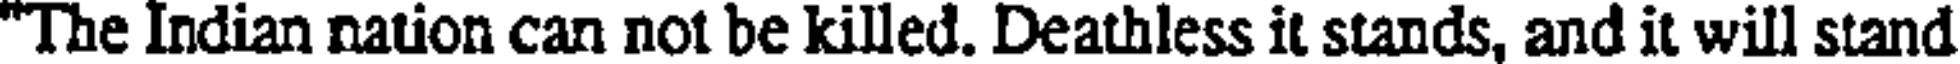
"The Indian nation can not be killed. Deathless it stands, and it will stand